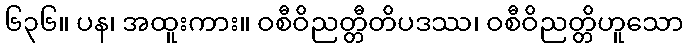
၆၃၆။ ပန၊ အထူးကား။ ဝစီဝိညတ္တီတိပဒဿ၊ ဝစီဝိညတ္တိဟူသော